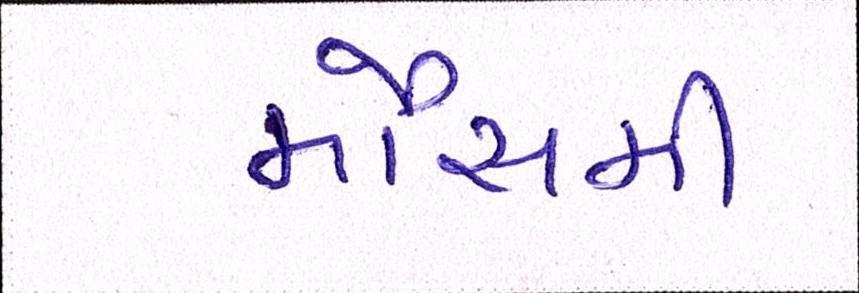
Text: મૌસમી